Source: Handwritten
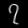
Digit: ၇ (7)